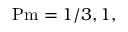
\mathrm { P m } = 1 / 3 , 1 ,